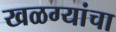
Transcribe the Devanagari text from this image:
खळग्यांचा